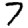
Digit: 7